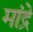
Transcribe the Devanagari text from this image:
मांद्रे